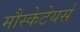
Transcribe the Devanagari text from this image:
मौस्केटेयर्स